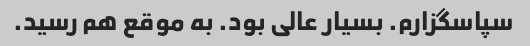
سپاسگزارم. بسیار عالی بود. به موقع هم رسید.